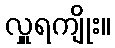
လှူရကျိုး။